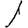
Digit: 1